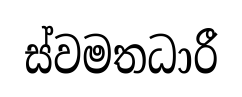
ස්වමතධාරී